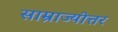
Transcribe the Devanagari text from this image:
साम्राज्योत्तर